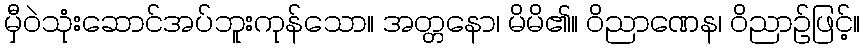
မှီဝဲသုံးဆောင်အပ်ဘူးကုန်သော။ အတ္တနော၊ မိမိ၏။ ဝိညာဏေန၊ ဝိညာဉ်ဖြင့်။